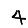
Digit: 4